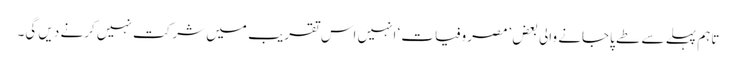
تاہم پہلے سے طے پاجانے والی بعض ’مصروفیات‘ انہیں اس تقریب میں شرکت نہیں کرنے دیں گی۔